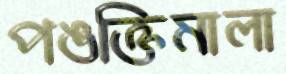
পঙক্তিমালা